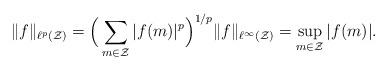
LaTeX: \begin{align*} \|f\|_{\ell^p(\mathcal Z)}=\Big(\sum_{m\in\mathcal Z}|f(m)|^p\Big)^{1/p} \|f\|_{\ell^{\infty}(\mathcal Z)}=\sup_{m\in\mathcal Z}|f(m)|.\end{align*}